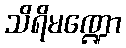
သိရိမဏ္ဍော